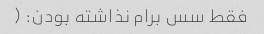
فقط سس برام نذاشته بودن: (